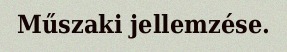
Műszaki jellemzése.